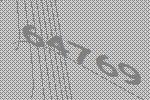
64769